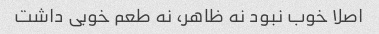
اصلا خوب نبود نه ظاهر، نه طعم خوبی داشت